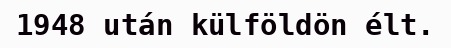
1948 után külföldön élt.